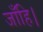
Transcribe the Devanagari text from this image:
जाँहि।